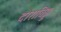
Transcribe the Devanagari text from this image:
दोराबिड्डा